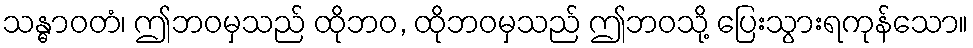
သန္ဓာဝတံ၊ ဤဘဝမှသည် ထိုဘဝ, ထိုဘဝမှသည် ဤဘဝသို့ ပြေးသွားရကုန်သော။